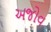
અજોવ